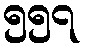
၅၅၇